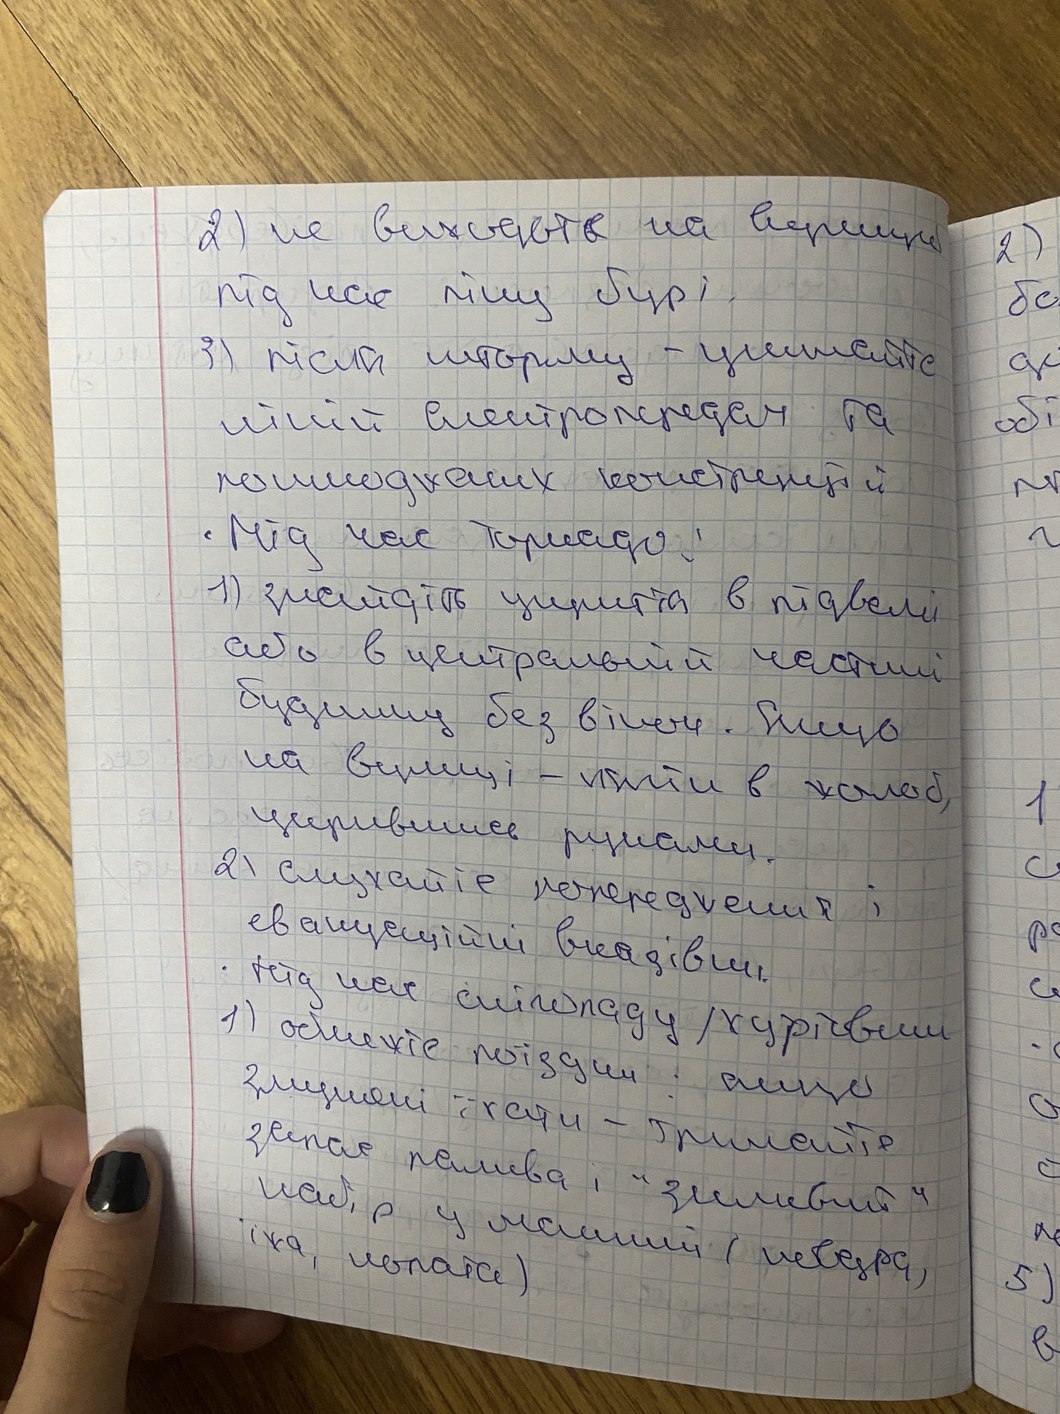
2) не виходить на вершини
2)
під час ліну бурі.
бо
3) після шторму - уникайте
до
обі
ліній електропередач та
пошкоджених конструкцій
⋅ Під час торнадо:
г
1) знайдіть укриття в підвалі
або в центральній частині
будинку без вікон. Якщо
на вулиці - лігти в жолоб,
1
укрившись руками
2) слухайте попередження і
с
евакуаційні вказівки
р
⋅ Під час снігопаду/хуртовини
обмежте поїздки: якщо
змущені їхати - тримайте
о
запас палива і "зимовий"
набір у машині (ковдра,
їжа, лопата)
5)
в